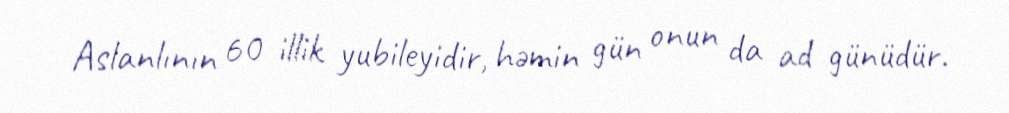
Aslanlının 60 illik yubileyidir, həmin gün onun da ad günüdür.